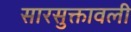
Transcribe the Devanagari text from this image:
सारसुक्तावली